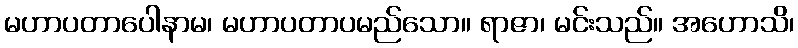
မဟာပတာပေါနာမ၊ မဟာပတာပမည်သော။ ရာဇာ၊ မင်းသည်။ အဟောသိ၊